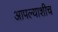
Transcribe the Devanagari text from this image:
आपल्याशीच